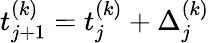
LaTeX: t_{j+1}^{(k)}=t_{j}^{(k)}+\Delta_{j}^{(k)}